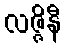
လဇ္ဇိနီ